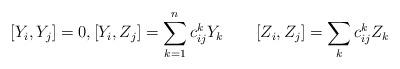
LaTeX: \begin{align*}[Y_i,Y_j]= 0 , [Y_i,Z_j]=\sum_{k=1}^n c_{ij}^k Y_k \qquad[Z_i,Z_j]= \sum_k c_{ij}^k Z_k\end{align*}